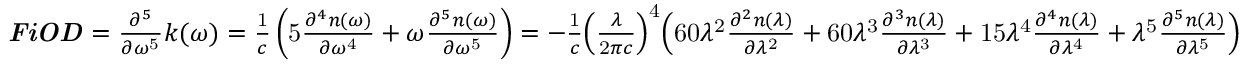
{ \begin{array} { l } { { \boldsymbol { \it { F i O D } } } = { \frac { { \partial } ^ { 5 } } { \partial { \omega } ^ { \mathrm { 5 } } } } k \mathrm { ( } \omega \mathrm { ) } = { \frac { \mathrm { 1 } } { c } } \left( \mathrm { 5 } { \frac { { \partial } ^ { 4 } n \mathrm { ( } \omega \mathrm { ) } } { \partial { \omega } ^ { \mathrm { 4 } } } } + \omega { \frac { { \partial } ^ { 5 } n \mathrm { ( } \omega \mathrm { ) } } { \partial { \omega } ^ { \mathrm { 5 } } } } \right) = { - } { \frac { \mathrm { 1 } } { c } } { \left( { \frac { \lambda } { \mathrm { 2 } \pi c } } \right) } ^ { \mathrm { 4 } } { \Bigl ( } \mathrm { 6 0 } { \lambda } ^ { \mathrm { 2 } } { \frac { { \partial } ^ { 2 } n \mathrm { ( } \lambda \mathrm { ) } } { \partial { \lambda } ^ { \mathrm { 2 } } } } + \mathrm { 6 0 } { \lambda } ^ { \mathrm { 3 } } { \frac { { \partial } ^ { 3 } n \mathrm { ( } \lambda \mathrm { ) } } { \partial { \lambda } ^ { \mathrm { 3 } } } } + \mathrm { 1 5 } { \lambda } ^ { \mathrm { 4 } } { \frac { { \partial } ^ { 4 } n \mathrm { ( } \lambda \mathrm { ) } } { \partial { \lambda } ^ { \mathrm { 4 } } } } + { \lambda } ^ { \mathrm { 5 } } { \frac { { \partial } ^ { 5 } n \mathrm { ( } \lambda \mathrm { ) } } { \partial { \lambda } ^ { \mathrm { 5 } } } } { \Bigr ) } } \end{array} }